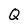
Character: Q